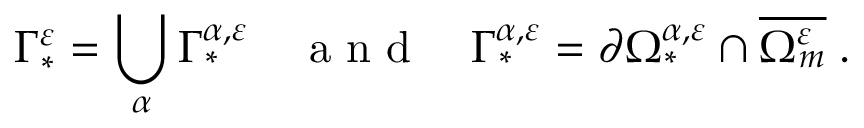
\Gamma _ { * } ^ { \varepsilon } = \bigcup _ { \alpha } \Gamma _ { * } ^ { { \alpha } , \varepsilon } \quad \mathrm { ~ a ~ n ~ d ~ } \quad \Gamma _ { * } ^ { { \alpha } , \varepsilon } = \partial \Omega _ { * } ^ { { \alpha } , \varepsilon } \cap \overline { { \Omega _ { m } ^ { \varepsilon } } } \; .